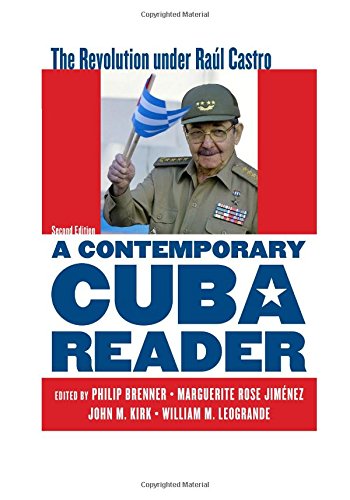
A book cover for A Contemporary Cuba Reader: The Revolution under RaÃºl Castro; History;